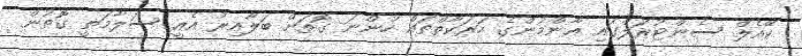
ކޭއެލް ސެންޓުރަލްގައި އާންމުންގެ ހަރަކާތްތައް ހުންނަ ގޮތަށް ބަލާއިރު އެއީ ސަލާމަތީ ގޮތުން